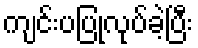
ကျင်းပပြုလုပ်ခဲ့ပြီး